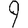
Digit: 9